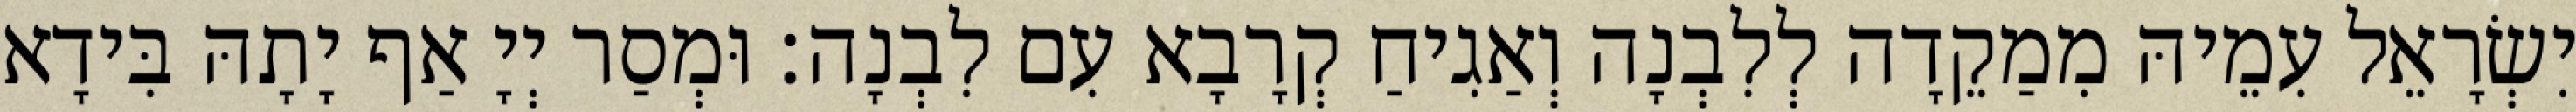
יִשְׂרָאֵל עִמֵיהּ מִמַקֵדָה לְלִבְנָה וְאַגִיחַ קְרָבָא עִם לִבְנָה׃ וּמְסַר יְיָ אַף יָתָהּ בִּידָא